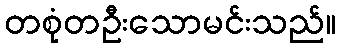
တစုံတဦးသောမင်းသည်။